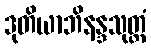
ဒုတိယာဘိနန္ဒသုတ္တံ